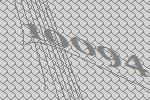
10094